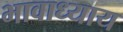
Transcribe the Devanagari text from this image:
भावाध्याय